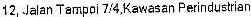
12, JALAN TAMPOI 7/4,KAWASAN PERINDUSTRIAN